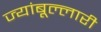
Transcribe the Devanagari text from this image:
ज्यांबूल्लारी